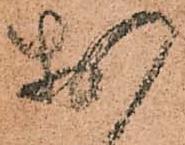
於